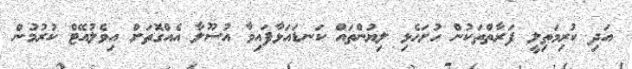
އަދި ކުރިމަތިލީ ފަރާތްތަކުން ހުށަހެޅި ލިޔުންތައް ކަނޑައަޅާފައިވާ އުސޫލާ އެއްގޮތަށް އިވެލުއޭޓް ކުރުމުން